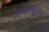
મવલાના